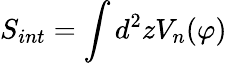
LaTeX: S_{int}=\int d^{2}zV_{n}(\varphi)